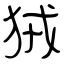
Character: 狨